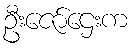
ဦးဇော်ဌေးက